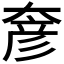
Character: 𡙓